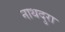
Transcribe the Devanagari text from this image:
नाथदुरा